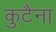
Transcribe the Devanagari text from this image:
कुटैना